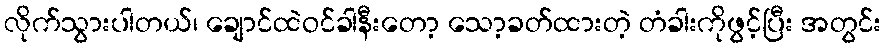
လိုက်သွားပါတယ်၊ ချောင်ထဲဝင်ခါနီးတော့ သော့ခတ်ထားတဲ့ တံခါးကိုဖွင့်ပြီး အတွင်း